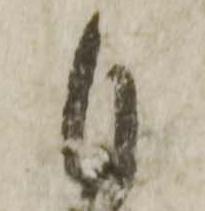
自